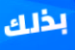
بذلك